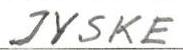
JYSKE